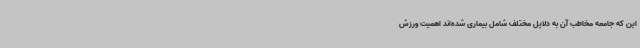
این که جامعه مخاطب آن به دلایل مختلف شامل بیماری‌ شده‌اند اهمیت ورزش